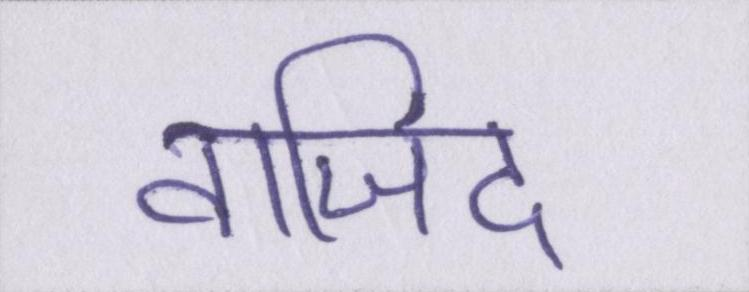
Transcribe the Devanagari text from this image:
वाजिद